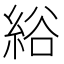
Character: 綌